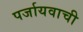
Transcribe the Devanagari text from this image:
पर्जायवाची